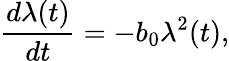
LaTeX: {\frac{d\lambda(t)}{dt}}=-b_{0}\lambda^{2}(t),